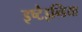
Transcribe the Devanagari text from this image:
इष्टैइन्डिया